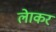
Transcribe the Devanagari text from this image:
लेाकर